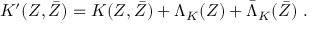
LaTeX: K ^ { \prime } ( Z , \bar { Z } ) = K ( Z , \bar { Z } ) + \Lambda _ { K } ( Z ) + \bar { \Lambda } _ { K } ( \bar { Z } ) \ .